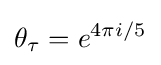
\theta _{\tau }=e^{4\pi i/5}